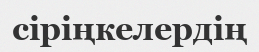
сіріңкелердің